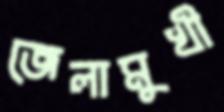
জেলামুখী